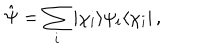
\hat { \Psi } = \sum _ { i } | \chi _ { i } \rangle \psi _ { i } \langle \chi _ { i } | \, ,